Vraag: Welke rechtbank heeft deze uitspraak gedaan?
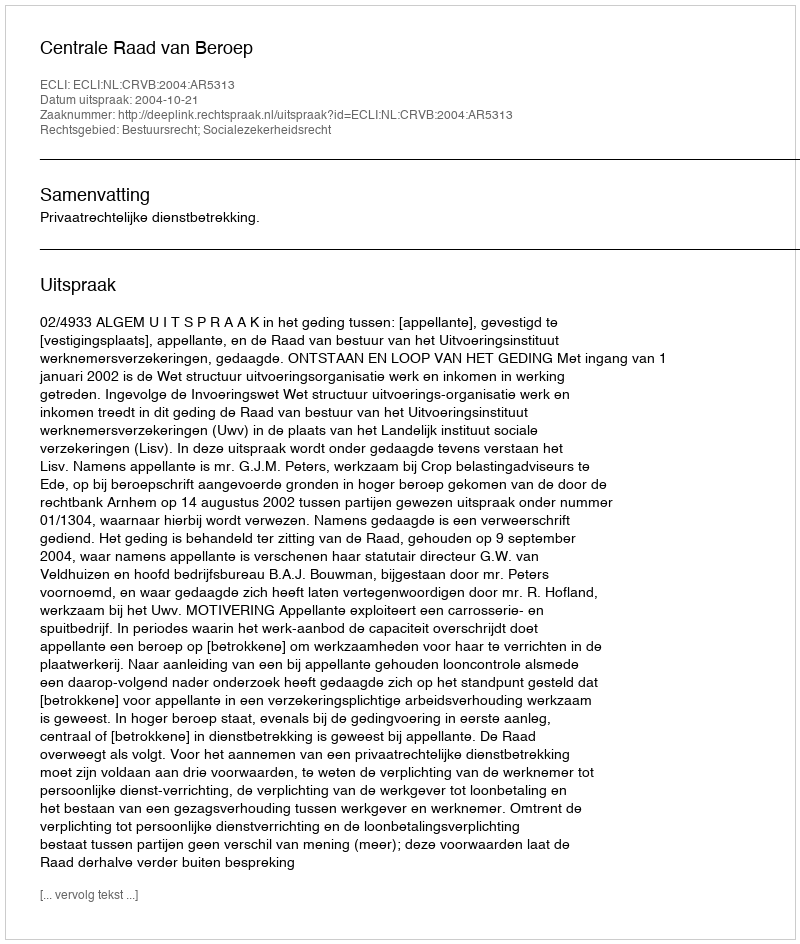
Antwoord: Centrale Raad van Beroep